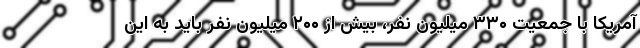
آمریکا با جمعیت ۳۳۰ میلیون نفر، بیش از ۲۰۰ میلیون نفر باید به این